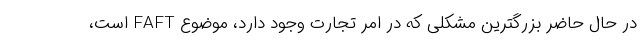
در حال حاضر بزرگترین مشکلی که در امر تجارت وجود دارد، موضوع FAFT است،